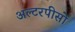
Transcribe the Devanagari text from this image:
अल्टरपीसों